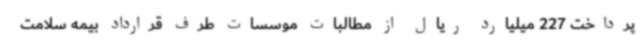
پرداخت 227 میلیارد ریال از مطالبات موسسات طرف قرارداد بیمه سلامت